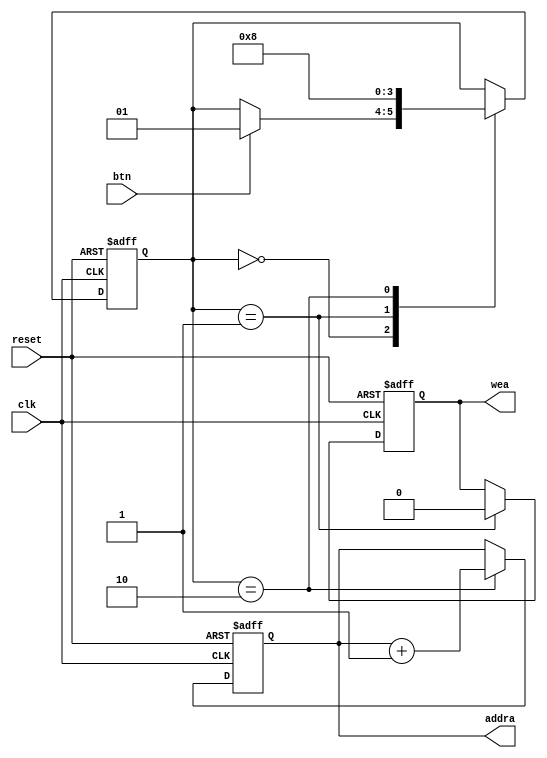
module bram_controller(clk, reset, btn, wea, addra);

  input wire clk, reset, btn;
  output reg wea;
  output reg [3:0] addra;

  localparam [1:0]
  idle = 2'b00,
  leer = 2'b01,
  fin  = 2'b10;

  reg [1:0] state_reg;
  reg [3:0] counter;
  
  always@(posedge clk, posedge reset)
    if(reset)
      begin
        addra<=0;
        counter<=0;	
        state_reg<=idle;
        wea<=0;
      end
  else begin

    case(state_reg)

      idle:
        if(btn==1'b1)begin
          state_reg<=leer;
        end

      leer:
        begin
          wea<=0;
          counter<=counter+1'b1;
          state_reg<=fin;
        end

      fin:begin

        addra<=addra+1'b1;
        if(counter==4'b1111)begin
          counter<=0;
        end
        state_reg<=idle;
      end	

    endcase
  end
  
endmodule